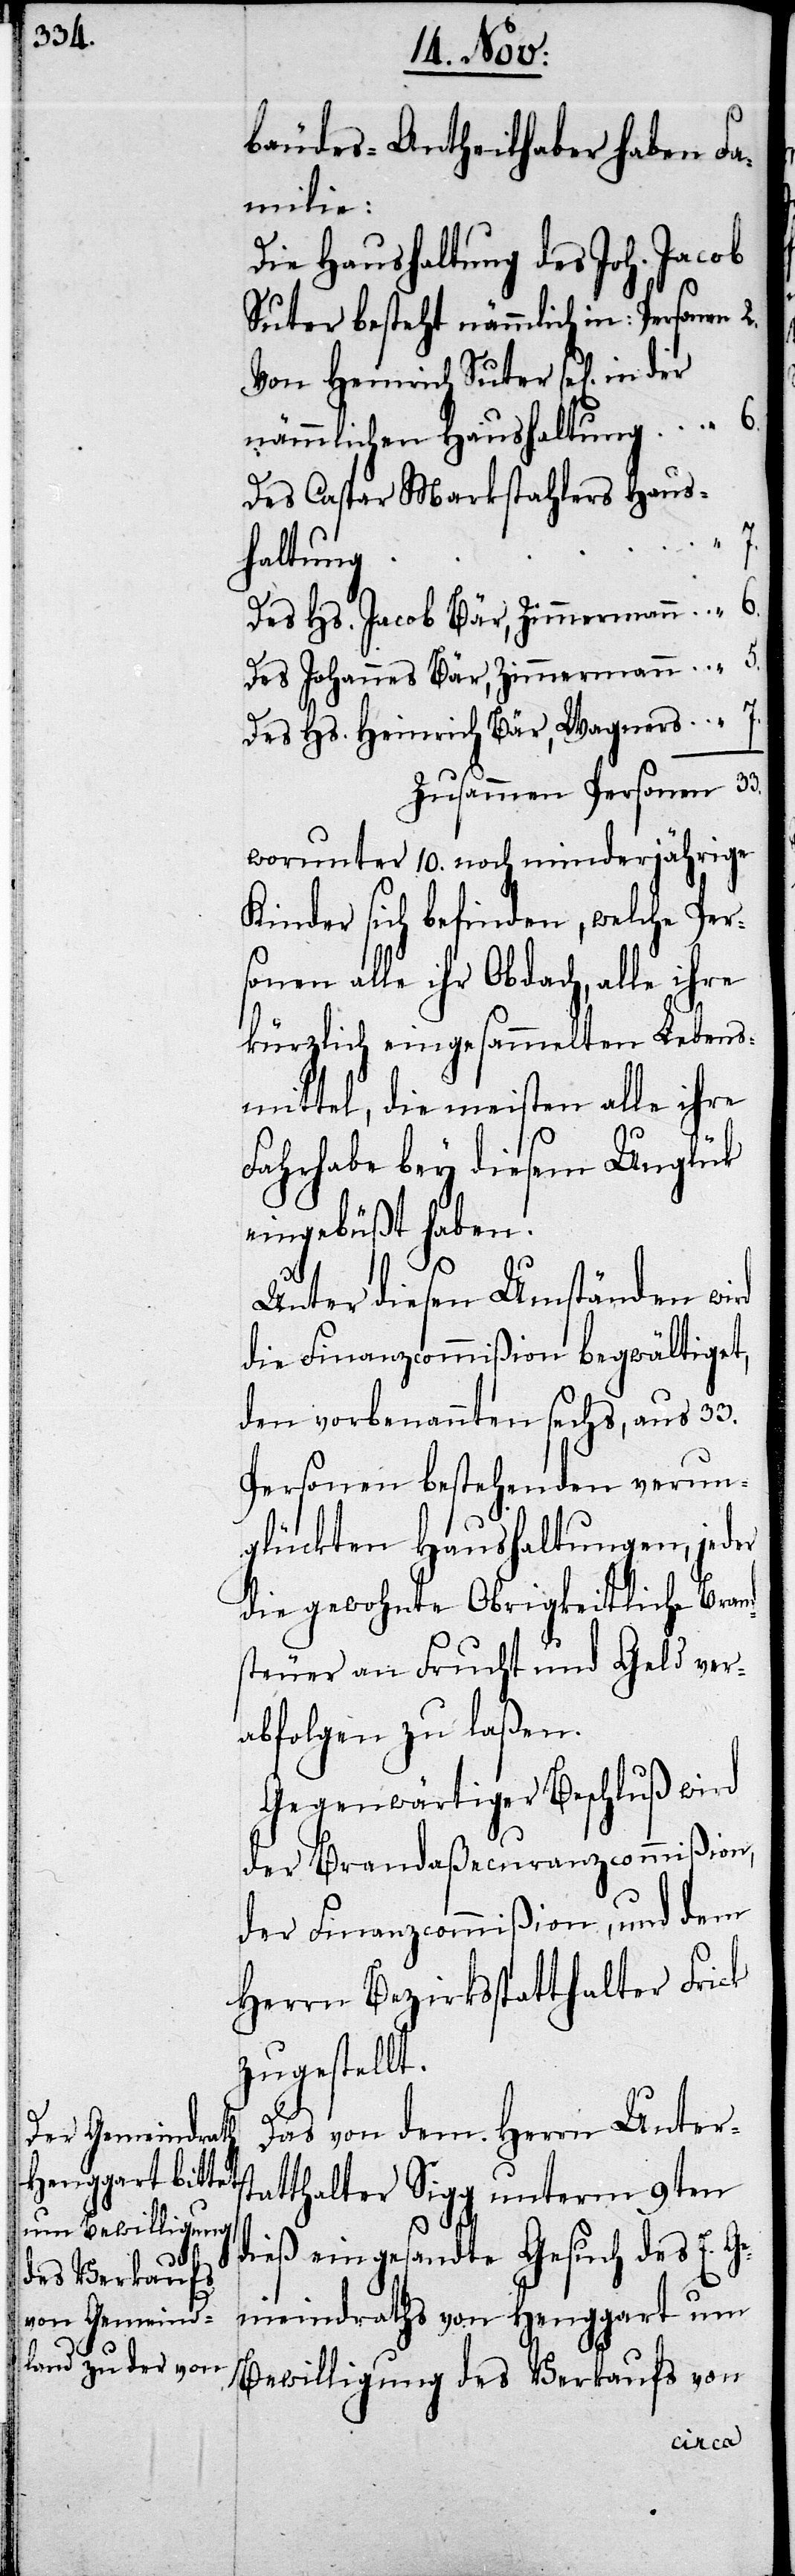
bäudes-Antheilhaber haben Fa¬
milie:
Die Haushaltung des Joh. Jacob
Suter besteht nämmlich in: 	Personen	2.
Von Heinrich Suter sel. in der
nämmlichen Haushaltung	„	6.
Des Caspar Markstahler Haus¬
g	„	7.
haltun¬
Des Hs. Jacob Bär, Zimmermann	„	6.
Des Johannes Bär, Zimmermann	„	5.
Des Hs. Heinrich Bär, Wagner	„	7.
Zusammen Personen	33.
worunter 10. noch minderjährige
Kinder sich befinden, welche Per¬
sonen alle ihr Obdach, alle ihre
kürzlich eingesammelten Lebens¬
mittel, die meisten alle ihre
Fahrhabe bey diesem Unglük
eingebüßt haben.
Unter diesen Umständen wird
die Finanzcommißion begwältiget,
den vorbenannten sechs, aus 33.
Personen bestehenden verun¬
glückten Haushaltungen, jeder
die gewohnte Obrigkeitliche Brand¬
steuer an Frucht und Geld ver¬
abfolgen zu laßen.
Gegenwärtiger Beschluss wird
der Brandaßecuranz-Commißion,
der Finanzcommißion, und dem
Herrn Bezirksstatthalter Frick
zugestellt.
Das von dem Herrn Unters¬
tatthalter Sigg unterm 9ten
dieß eingesandte Gesuch des E. Ge¬
meinderaths von Henggart um
Bewilligung des Verkaufs von